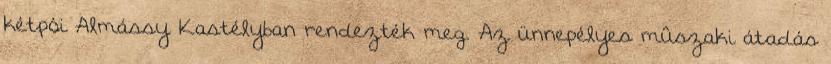
kétpói Almássy Kastélyban rendezték meg. Az ünnepélyes mûszaki átadás